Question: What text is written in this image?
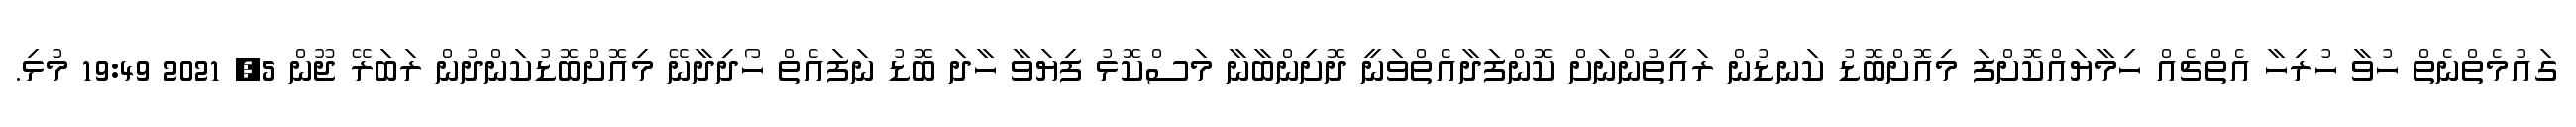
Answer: ގައުމެތްނެތް ހުވާ ހުރިހާ އެތްޗެއް ހިމާޔައްކޮށްފަ މިއޮށްބޮޑު ކަނޑުން ރައީތުންނަށް ކޮންފަދާއެތްވަނީ ދޮށިންބާނާ މަސްކޮޅު ފިޔަވާ ހާދަ ބޮޑު ނަފައެތް ހޯދިދާނޭ މިއޮށްބޮޑުކަންދުން ރަބަރޭ ޖޫން 5, 2021 19:49 މުޅި.